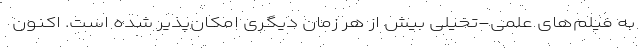
به فیلم‌های علمی-تخیلی بیش از هر زمان دیگری امکان‌پذیر شده است. اکنون